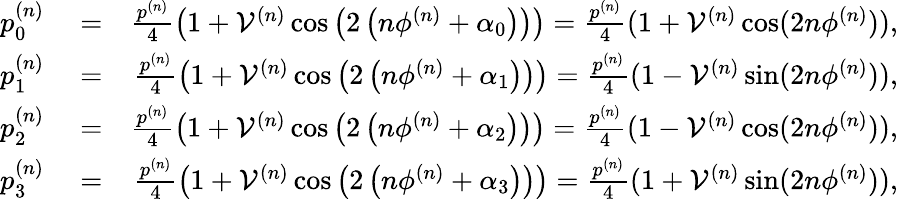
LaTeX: \begin{array}{rlr}{p_{0}^{(n)}}&{{}=}&{\frac{p^{(n)}}{4}\left(1+\mathcal{V}^{(n)}\cos\left(2\left(n\phi^{(n)}+\alpha_{0}\right)\right)\right)=\frac{p^{(n)}}{4}(1+\mathcal{V}^{(n)}\cos(2n\phi^{(n)})),}\\ {p_{1}^{(n)}}&{{}=}&{\frac{p^{(n)}}{4}\left(1+\mathcal{V}^{(n)}\cos\left(2\left(n\phi^{(n)}+\alpha_{1}\right)\right)\right)=\frac{p^{(n)}}{4}(1-\mathcal{V}^{(n)}\sin(2n\phi^{(n)})),}\\ {p_{2}^{(n)}}&{{}=}&{\frac{p^{(n)}}{4}\left(1+\mathcal{V}^{(n)}\cos\left(2\left(n\phi^{(n)}+\alpha_{2}\right)\right)\right)=\frac{p^{(n)}}{4}(1-\mathcal{V}^{(n)}\cos(2n\phi^{(n)})),}\\ {p_{3}^{(n)}}&{{}=}&{\frac{p^{(n)}}{4}\left(1+\mathcal{V}^{(n)}\cos\left(2\left(n\phi^{(n)}+\alpha_{3}\right)\right)\right)=\frac{p^{(n)}}{4}(1+\mathcal{V}^{(n)}\sin(2n\phi^{(n)})),}\end{array}